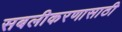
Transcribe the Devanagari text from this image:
सबलीकरणासाठी